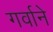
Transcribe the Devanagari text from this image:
गर्वाने